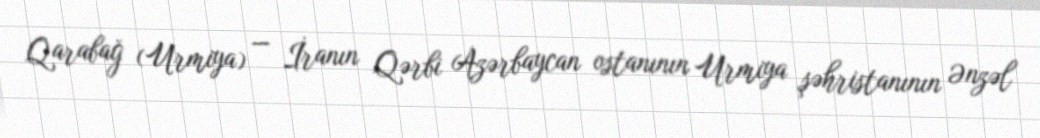
Qarabağ (Urmiya) — İranın Qərbi Azərbaycan ostanının Urmiya şəhristanının Ənzəl